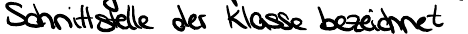
Schnittstelle der Klasse bezeichnet